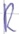
Text: R